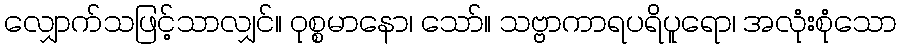
လျှောက်သဖြင့်သာလျှင်။ ဝုစ္စမာနော၊ သော်။ သဗ္ဗာကာရပရိပူရော၊ အလုံးစုံသော